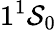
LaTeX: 1^{1}\mathcal{S}_{0}